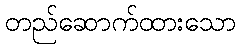
တည်ဆောက်ထားသော